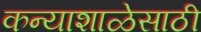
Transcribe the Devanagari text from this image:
कन्याशाळेसाठी